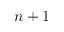
n + 1